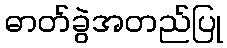
ဓာတ်ခွဲအတည်ပြု